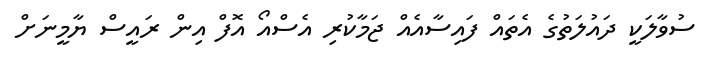
ސުވާލަކީ ދައުލަތުގެ އެތައް ފައިސާއެއް ޖަމާކުރި އެސްއޯ އޮފް އިން ރައީސް ޔާމީނަށް